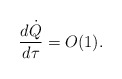
\begin{align*}\frac{d \dot Q}{d \tau} = O(1).\end{align*}